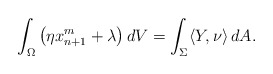
\begin{align*}\int_\Omega \left(\eta x_{n+1}^m+\lambda\right)dV = \int_\Sigma\langle Y,\nu\rangle\,dA.\end{align*}